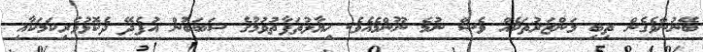
ބޭނުންވެގެން ތިބި މަންޒަރުތަކެއް ވެސް ނުމެ ނޫންމެއެވެ. ޚިޔާލުތަފާތުވުމުގެ ސަބަބުން އުފެދޭ ދެކޮޅުވެރިކަމަކާއި